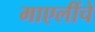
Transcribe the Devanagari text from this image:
माएलींचे